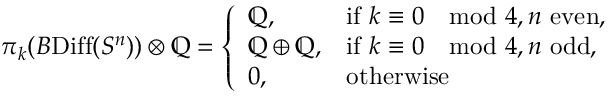
\pi _ { k } ( B \mathrm { D i f f } ( S ^ { n } ) ) \otimes \mathord { \mathbb { Q } } = \left\{ \begin{array} { l l } { \mathord { \mathbb { Q } } , } & { \mathrm { i f ~ } k \equiv 0 \mod 4 , n \mathrm { ~ e v e n } , } \\ { \mathord { \mathbb { Q } } \oplus \mathord { \mathbb { Q } } , } & { \mathrm { i f ~ } k \equiv 0 \mod 4 , n \mathrm { ~ o d d } , } \\ { 0 , } & { \mathrm { o t h e r w i s e } } \end{array} \right.